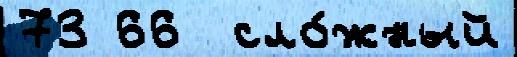
73 66  сло́жный